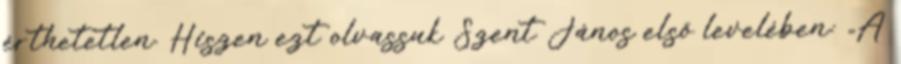
érthetetlen. Hiszen ezt olvassuk Szent János első levelében: „A